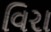
વિરા